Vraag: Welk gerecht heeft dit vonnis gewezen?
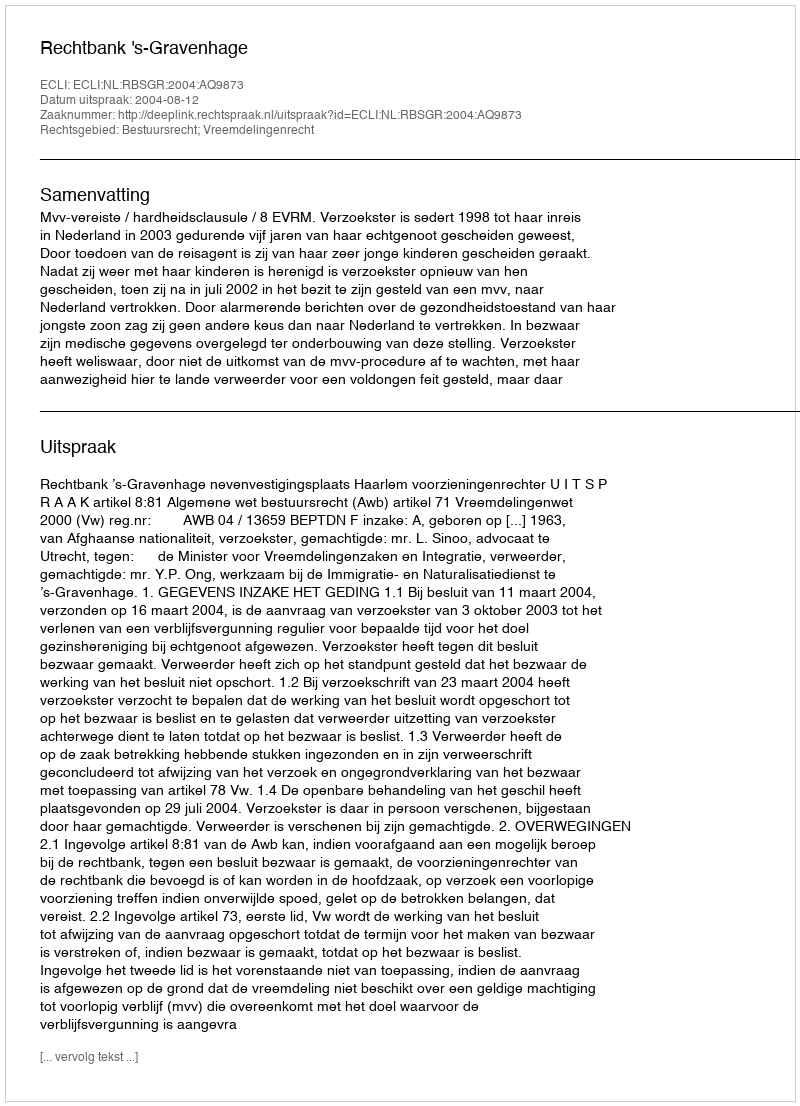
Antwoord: Rechtbank 's-Gravenhage